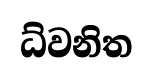
ධ්වනිත